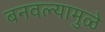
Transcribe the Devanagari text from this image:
बनवल्यामुळे